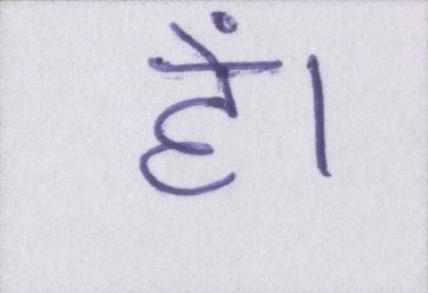
हें।